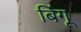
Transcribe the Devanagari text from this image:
बिंगू